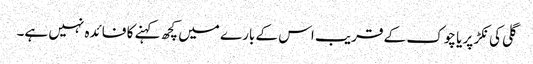
گلی کی نکڑ پر یا چوک کے قریب اس کے بارے میں کچھ کہنے کا فائدہ نہیں ہے۔